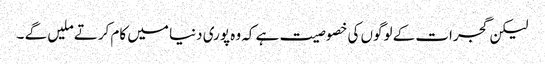
لیکن گجرات کے لوگوں کی خصوصیت ہے کہ وہ پوری دنیا میں کام کرتے ملیں گے ۔